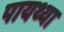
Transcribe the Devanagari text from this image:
पायथ्या